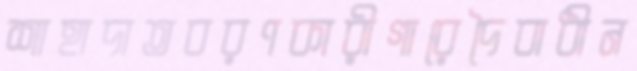
শাহাদাতবরণকারীগারেদৈবাধীন